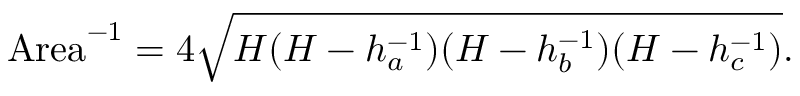
\mathrm { A r e a } ^ { - 1 } = 4 { \sqrt { H ( H - h _ { a } ^ { - 1 } ) ( H - h _ { b } ^ { - 1 } ) ( H - h _ { c } ^ { - 1 } ) } } .